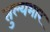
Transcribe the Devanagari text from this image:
तुल्‍यभार